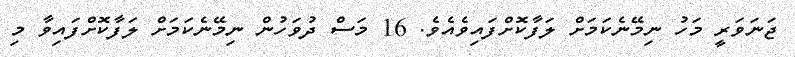
ޖަނަވަރީ މަހު ނިމޭނެކަމަށް ލަފާކޮށްފައިވެއެވެ. 16 މަސް ދުވަހުން ނިމޭނެކަމަށް ލަފާކޮށްފައިވާ މި